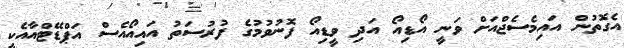
އެގޮތުން އައިމެސެޖްއަށް ވަނީ އޯޑިއޯ އަދި ވީޑިއޯ ފޮނުވުމުގެ ފުރުސަތު އައިއޯއެސް އަޕްޑޭޓްއާއެކީ